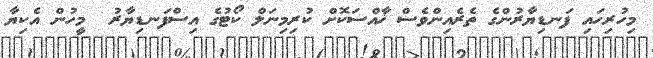
މިހުރިހައި ފަނޑިޔާރުންގެ ތެރެއިންވެސް ޚާއްސަކޮށް ކުރިމިނަލް ކޯޓުގެ އިސްފަނޑިޔާރު  މީހުން އެކިޔާ